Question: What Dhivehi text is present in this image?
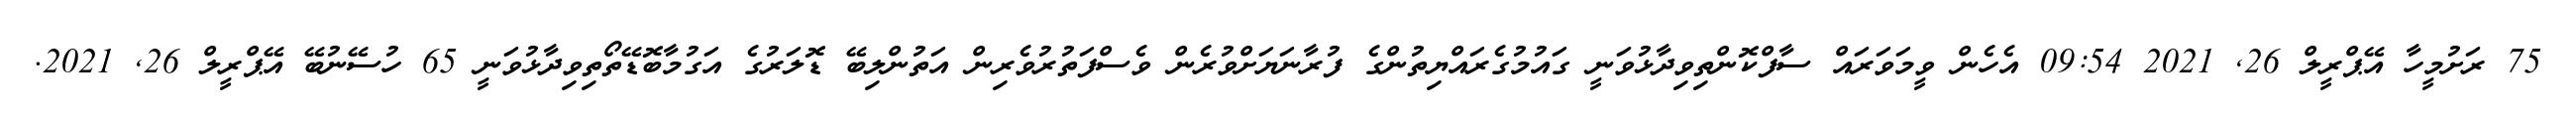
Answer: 75 ރަށުމީހާ އޭޕްރީލް 26, 2021 09:54 އެހެން ވީމަވަރައް ސާފްކޮންތިވިދާޅުވަނީ ގައުމުގެރައްޔިތުންގެ ފުރާނަޔަށްވުރެން ވެސްފަތުރުވެރިން އަތުންލިބޭ ޑޮލަރުގެ އަގުމާބޮޑޭތޯތިވިދާޅުވަނީ 65 ހުސޭނުބޭ އޭޕްރީލް 26, 2021.